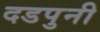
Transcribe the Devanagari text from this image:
दडपुनी